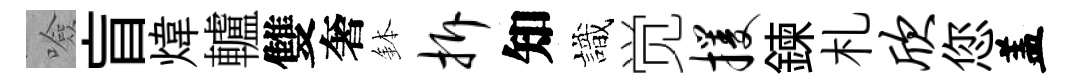
噞盲煒轤雙奢鉢拆知識觉攫鍊札欣您盖